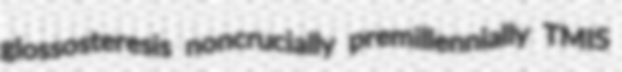
glossosteresis noncrucially premillennially TMIS